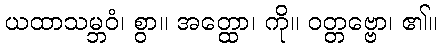
ယထာသမ္ဘဝံ၊ စွာ။ အတ္ထော၊ ကို။ ဝတ္တဗ္ဗော၊ ၏။